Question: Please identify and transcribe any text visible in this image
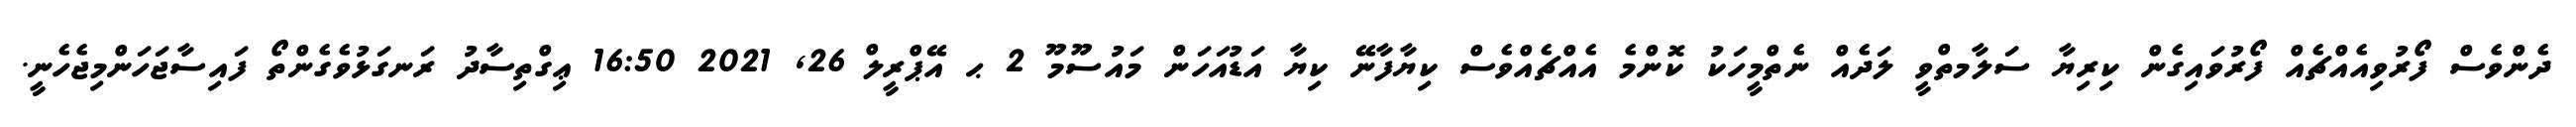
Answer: ދެންވެސް ފޯރުވިއެއްޗެއް ފޯރުވައިގެން ކިރިޔާ ސަލާމތްވީ ލަދެއް ނެތްމީހަކު ކޮންމެ އެއްޗެއްވެސް ކިޔާފާނޭ ކިޔާ އަޑުއަހަން މައުސޫމޫ 2 ޙ އޭޕްރީލް 26, 2021 16:50 ޢިގްތިސާދު ރަނގަޅުވެގެންތޯ ފައިސާޖަހަންމިޖެހެނީ.